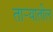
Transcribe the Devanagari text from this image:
तार्‍यातील